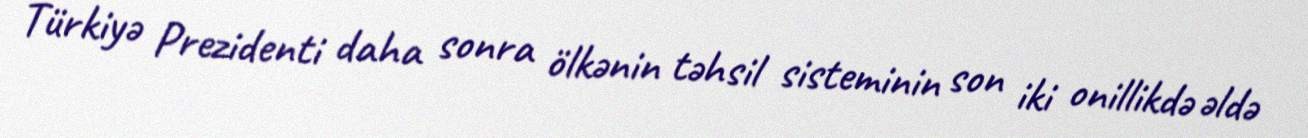
Türkiyə Prezidenti daha sonra ölkənin təhsil sisteminin son iki onillikdə əldə